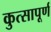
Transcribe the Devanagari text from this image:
कुत्सापूर्ण